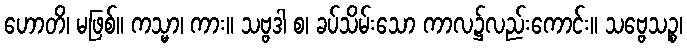
ဟောတိ၊ မဖြစ်။ ကသ္မာ၊ ကား။ သဗ္ဗဒါ စ၊ ခပ်သိမ်းသော ကာလ၌လည်းကောင်း။ သဗ္ဗေသဉ္စ၊